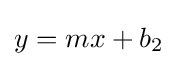
y=mx+b_{2}